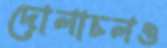
দোলাচলও